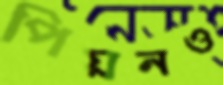
পিয়নও